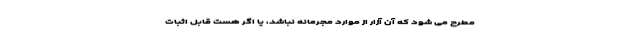
مطرح می شود که آن آزار از موارد مجرمانه نباشد، یا اگر هست قابل اثبات